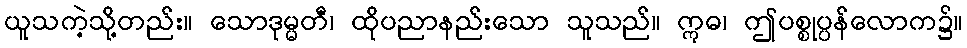
ယူသကဲ့သို့တည်း။ သောဒုမ္မတီ၊ ထိုပညာနည်းသော သူသည်။ ဣဓ၊ ဤပစ္စုပ္ပန်လောက၌။